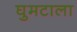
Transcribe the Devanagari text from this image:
घुमटाला